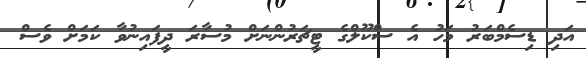
އަދި ޑިސެމްބަރު މަހު އެ ސްކޫލްގެ ޓީޗަރުންނަށް މުސާރަ ދީފައިނުވާ ކަމަށް ވެސް